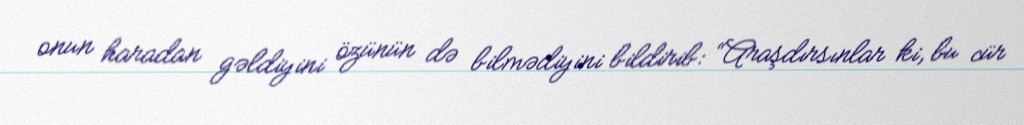
onun haradan gəldiyini özünün də bilmədiyini bildirib: “Araşdırsınlar ki, bu cür